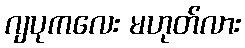
ဂျပုကလေး မဟုတ်လား